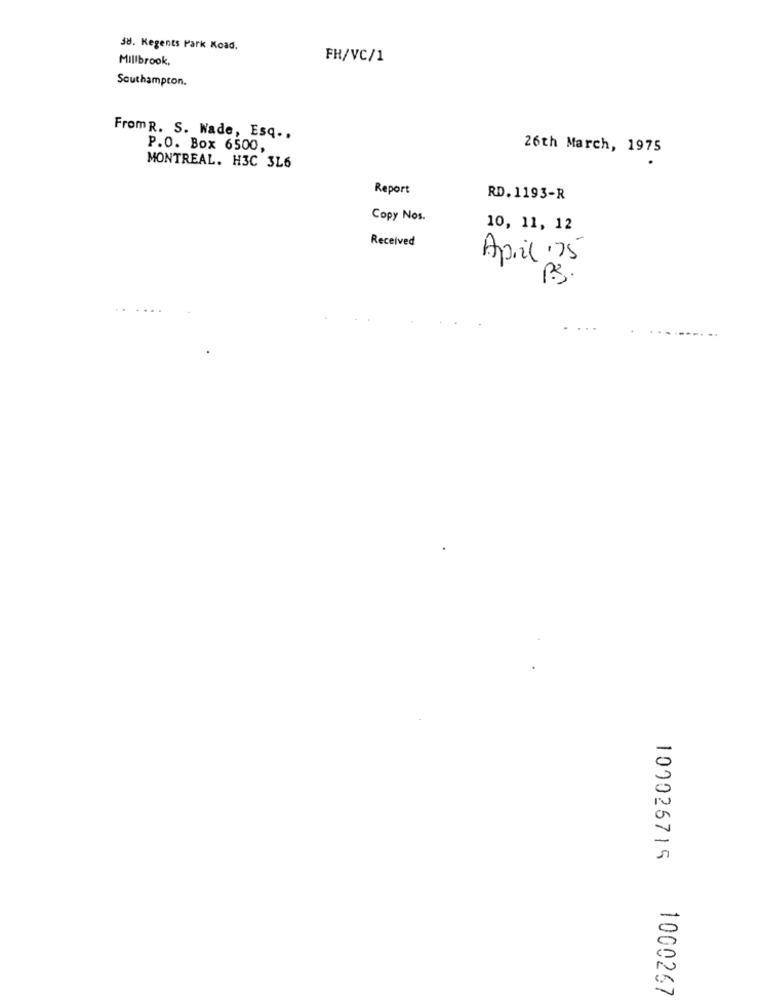
38. Kegents Park Koad.
Millbrook,
FH/VC/1
Southampton.
FromR. S. Wade, Esq ..
P.O. Box 6500,
26th March, 1975
MONTREAL. H3C 3L6
Report
RD. 1193-R
Copy Nos.
10, 11, 12
Received
April .75
100026715
1000267